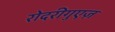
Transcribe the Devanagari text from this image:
रोदरीगुएज़